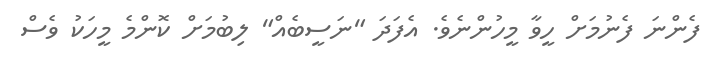
ފެންނަ ފެނުމަށް ހީވާ މީހުންނެވެ. އެފަދަ "ނަސީބެއް" ލިބުމަށް ކޮންމެ މީހަކު ވެސް